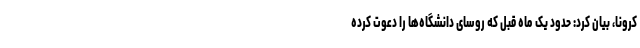
کرونا، بیان کرد: حدود یک ماه قبل که روسای دانشگاه‌ها را دعوت کرده